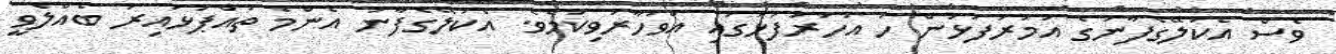
ވެސް އެކަލޭގެފާނުގެ އުމުރުފުޅުން ހަ އަހަރުފުޅުގައި އަވަހާރަވިކަމެވެ. އެކަލޭގެފާނު އެންމެ ތުއްޕުޅުއިރު ބެއްލެވީ